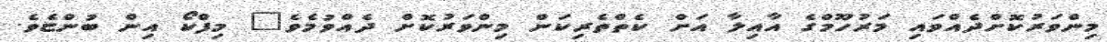
މިންވަރުކޮށްދެއްވައި މަރުހޫމްގެ އާއިލާ އަށް ކެތްތެރިކަން މިންވަރުކޮށް ދެއްވުމެވެ" މިފްކޯ އިން ބުންޏެވެ.